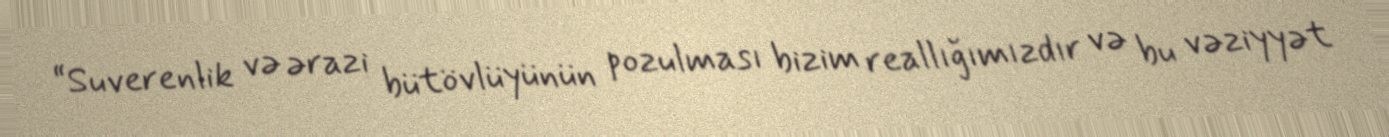
“Suverenlik və ərazi bütövlüyünün pozulması bizim reallığımızdır və bu vəziyyət